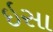
ઇસા